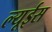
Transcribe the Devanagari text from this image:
ल्यूईस